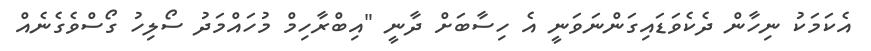
އެކަމަކު ނިހާން ދެކެވަޑައިގަންނަވަނީ އެ ހިސާބަށް ދާނީ "އިބްރާހިމް މުހައްމަދު ސޯލިހު ގޯސްވެގެނެއް